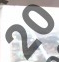
20